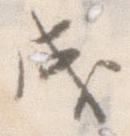
成